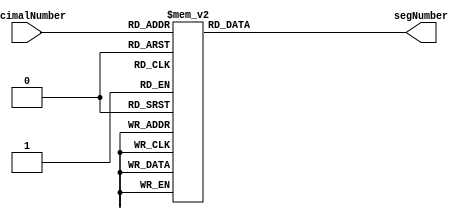
`timescale 1ns / 1ps
module enCoder_Four_to_Eight(
//input clk,
input [3:0] decimalNumber,
output reg [7:0] segNumber
    );
always @ *
//(posedge clk)
begin
    case(decimalNumber)
        4'h0: segNumber  <= 8'b01000000;
        4'h1: segNumber  <= 8'b01111001;
        4'h2: segNumber  <= 8'b00100100; 
        4'h3: segNumber  <= 8'b00110000;
        4'h4: segNumber  <= 8'b00011001;
        4'h5: segNumber  <= 8'b00010010; 
        4'h6: segNumber  <= 8'b00000010; 
        4'h7: segNumber  <= 8'b01111000; 
        4'h8: segNumber  <= 8'b00000000; 
        4'h9: segNumber  <= 8'b00010000; 
        default:segNumber <= 8'b11111111;
     endcase
 end
endmodule

//////////////////////////////////////////////////////////////////////////////////
// Company: 
// Engineer: 
// 
// Design Name: 
// Module Name: enCoder_Four_to_Eight
// Project Name: 
// Target Devices: 
// Tool Versions: 
// Description: 
// 
// Dependencies: 
// 
// Revision:
// Revision 0.01 - File Created
// Additional Comments:
// 
//////////////////////////////////////////////////////////////////////////////////